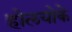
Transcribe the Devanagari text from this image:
होलयोके